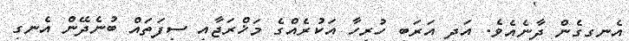
އެނގިގެން ދާނެއެވެ. އަދި އަރަބި ހުރިހާ އަކުރެއްގެ މަޚްރަޖާއި ސިފަތައް ބުނެދޭން އެނގި